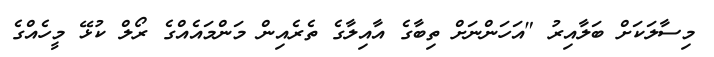
މިސާލަކަށް ބަލާއިރު "އަހަންނަށް ތިބާގެ އާއިލާގެ ތެރެއިން މަންމައެއްގެ ރޯލް ކުޅޭ މީހެއްގެ